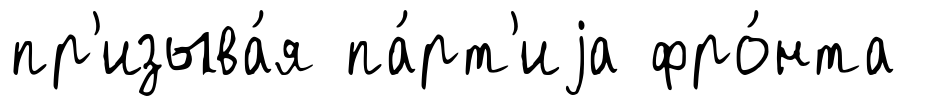
пр'изыва́я па́рт'иjа фро́нта